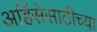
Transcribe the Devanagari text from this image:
अहिंसेसाठीच्या